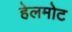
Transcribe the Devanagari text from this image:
हेलमोट